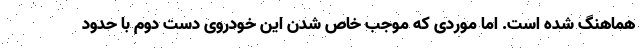
هماهنگ شده است. اما موردی که موجب خاص شدن این خودروی دست دوم با حدود